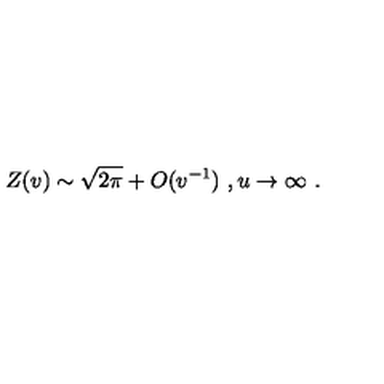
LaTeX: Z ( v ) \sim \sqrt { 2 \pi } + O ( v ^ { - 1 } ) \ , u \rightarrow \infty \ .